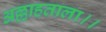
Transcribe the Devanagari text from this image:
अल्लाहताला।।